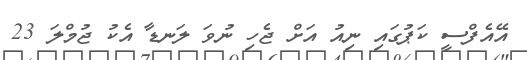
އޭއެފްސީ ކަޕުގައި ނިއު އަށް ޖެހި ނުވަ ލަނޑާ އެކު ޖުމްލަ 23